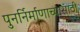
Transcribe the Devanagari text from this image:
पुनर्निर्माणाच्यासाठी